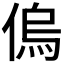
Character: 𠌥